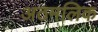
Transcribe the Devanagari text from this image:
अठमलिक